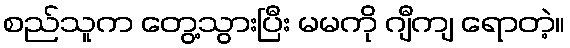
စည်သူက တွေ့သွားပြီး မမကို ဂျီကျ ရောတဲ့။